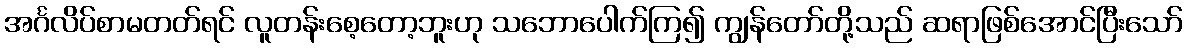
အင်္ဂလိပ်စာမတတ်ရင် လူတန်းစေ့တော့ဘူးဟု သဘောပေါက်ကြ၍ ကျွန်တော်တို့သည် ဆရာဖြစ်အောင်ပြီးသော်